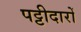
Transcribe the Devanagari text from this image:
पट्टीदारों